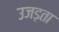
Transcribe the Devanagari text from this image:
उजड़ता